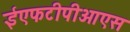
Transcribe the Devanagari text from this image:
ईएफटीपीओएस